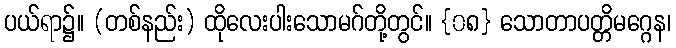
ပယ်ရာ၌။ (တစ်နည်း) ထိုလေးပါးသောမဂ်တို့တွင်။ {၀၈} သောတာပတ္တိမဂ္ဂေန၊